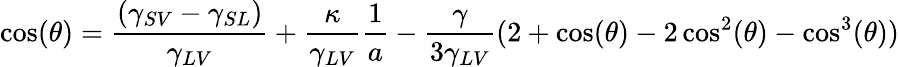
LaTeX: \cos(\theta)={\frac{(\gamma_{SV}-\gamma_{SL})}{\gamma_{LV}}}+{\frac{\kappa}{\gamma_{LV}}}{\frac{1}{a}}-{\frac{\gamma}{3\gamma_{LV}}}(2+\cos(\theta)-2\cos^{2}(\theta)-\cos^{3}(\theta))